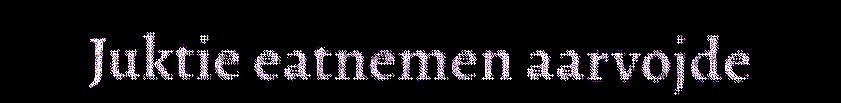
Juktie eatnemen aarvojde